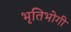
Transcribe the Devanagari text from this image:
भृतिभोगी